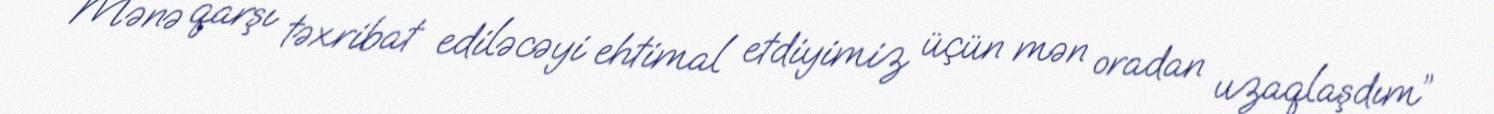
Mənə qarşı təxribat ediləcəyi ehtimal etdiyimiz üçün mən oradan uzaqlaşdım”